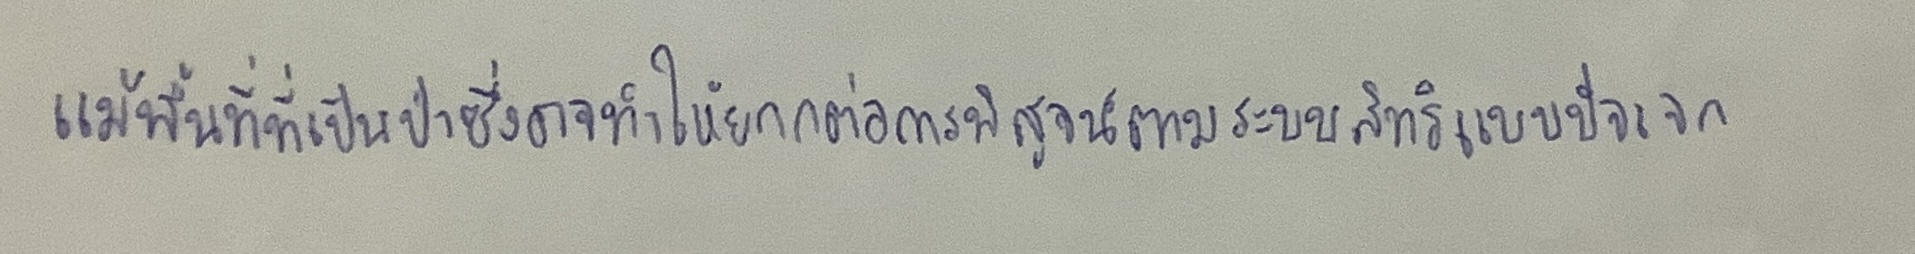
แม้พื้นที่ที่เป็นป่าซึ่งอาจทำให้ยากต่อการพิสูจน์ตามระบบสิทธิแบบปัจเจก